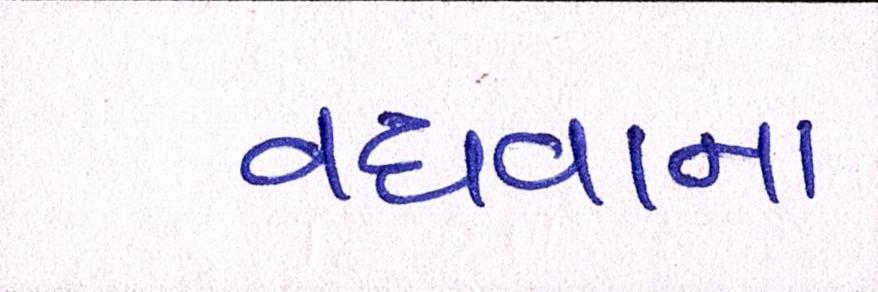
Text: વધવાના